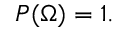
P ( \Omega ) = 1 .